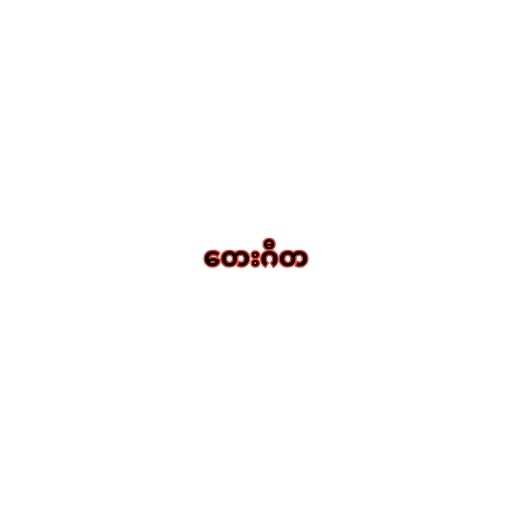
တေးဂီတ